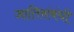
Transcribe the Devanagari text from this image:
जातिसंबंधी